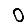
Digit: 0